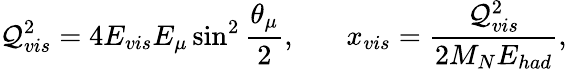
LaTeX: \mathcal{Q}_{vis}^{2}=4E_{vis}E_{\mu}\sin^{2}{\frac{{\theta_{\mu}}}{{2}}},~~~~~~~x_{vis}={\frac{{\mathcal{Q}_{vis}^{2}}}{{2M_{N}E_{had}}}},